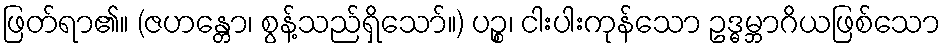
ဖြတ်ရာ၏။ (ဇဟန္တော၊ စွန့်သည်ရှိသော်။) ပဉ္စ၊ ငါးပါးကုန်သော ဥဒ္ဓမ္ဘာဂိယဖြစ်သော